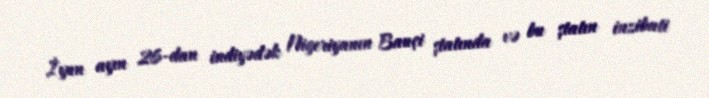
İyun ayın 26-dan indiyədək Nigeriyanın Bauçi ştatında və bu ştatın inzibati